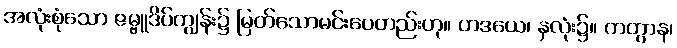
အလုံးစုံသော ဇမ္ဗူဒိပ်ကျွန်း၌ မြတ်သောမင်းပေတည်းဟု။ ဟဒယေ၊ နှလုံး၌။ ကတွာန၊